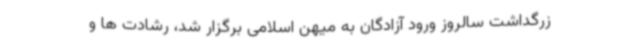
زرگداشت سالروز ورود آزادگان به میهن اسلامی برگزار شد، رشادت ها و